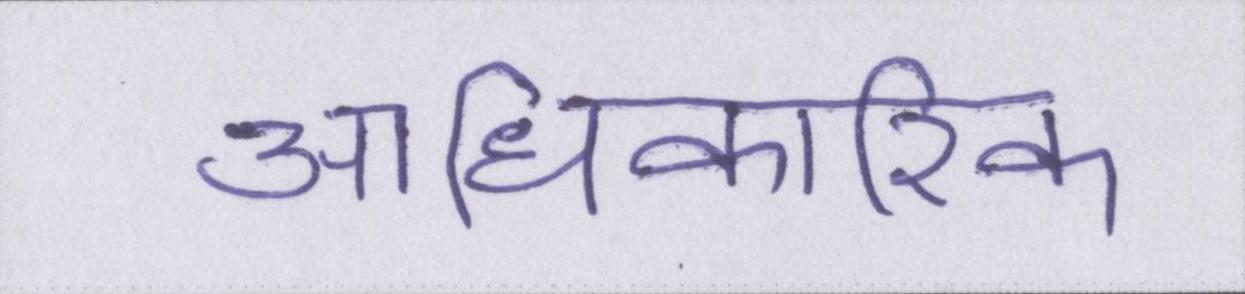
आधिकारिक